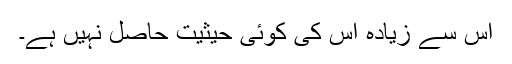
اس سے زیادہ اس کی کوئی حیثیت حاصل نہیں ہے۔